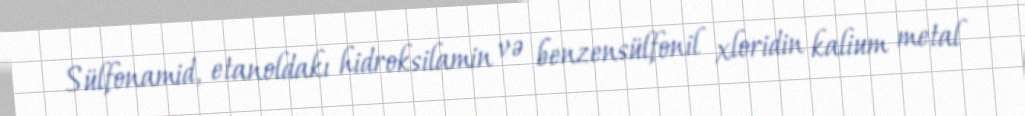
Sülfonamid, etanoldakı hidroksilamin və benzensülfonil xloridin kalium metal